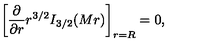
\left[ { \frac { \partial } { \partial r } } r ^ { 3 / 2 } I _ { 3 / 2 } ( M r ) \right] _ { r = R } = 0 ,